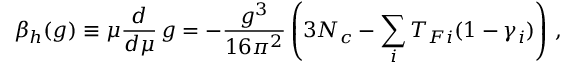
{ \beta _ { h } } ( g ) \equiv \mu { \frac { d } { d \mu } } \, g = - { \frac { g ^ { 3 } } { 1 6 \pi ^ { 2 } } } \left( 3 N _ { c } - \sum _ { i } T _ { F i } ( 1 - \gamma _ { i } ) \right) \, ,